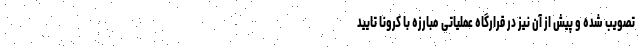
تصویب شده و پیش از آن نیز در قرارگاه عملیاتی مبارزه با کرونا تایید